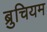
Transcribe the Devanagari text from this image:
ब्रुचियम